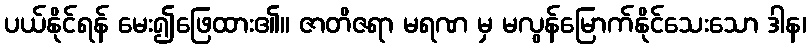
ပယ်နိုင်ရန် မေး၍ဖြေထား၏။ ဇာတိဇရာ မရဏ မှ မလွန်မြောက်နိုင်သေးသော ဒါန၊